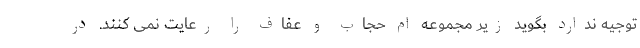
توجیه ندارد بگوید زیر مجموعه ام حجاب و عفاف را رعایت نمی کنند. در